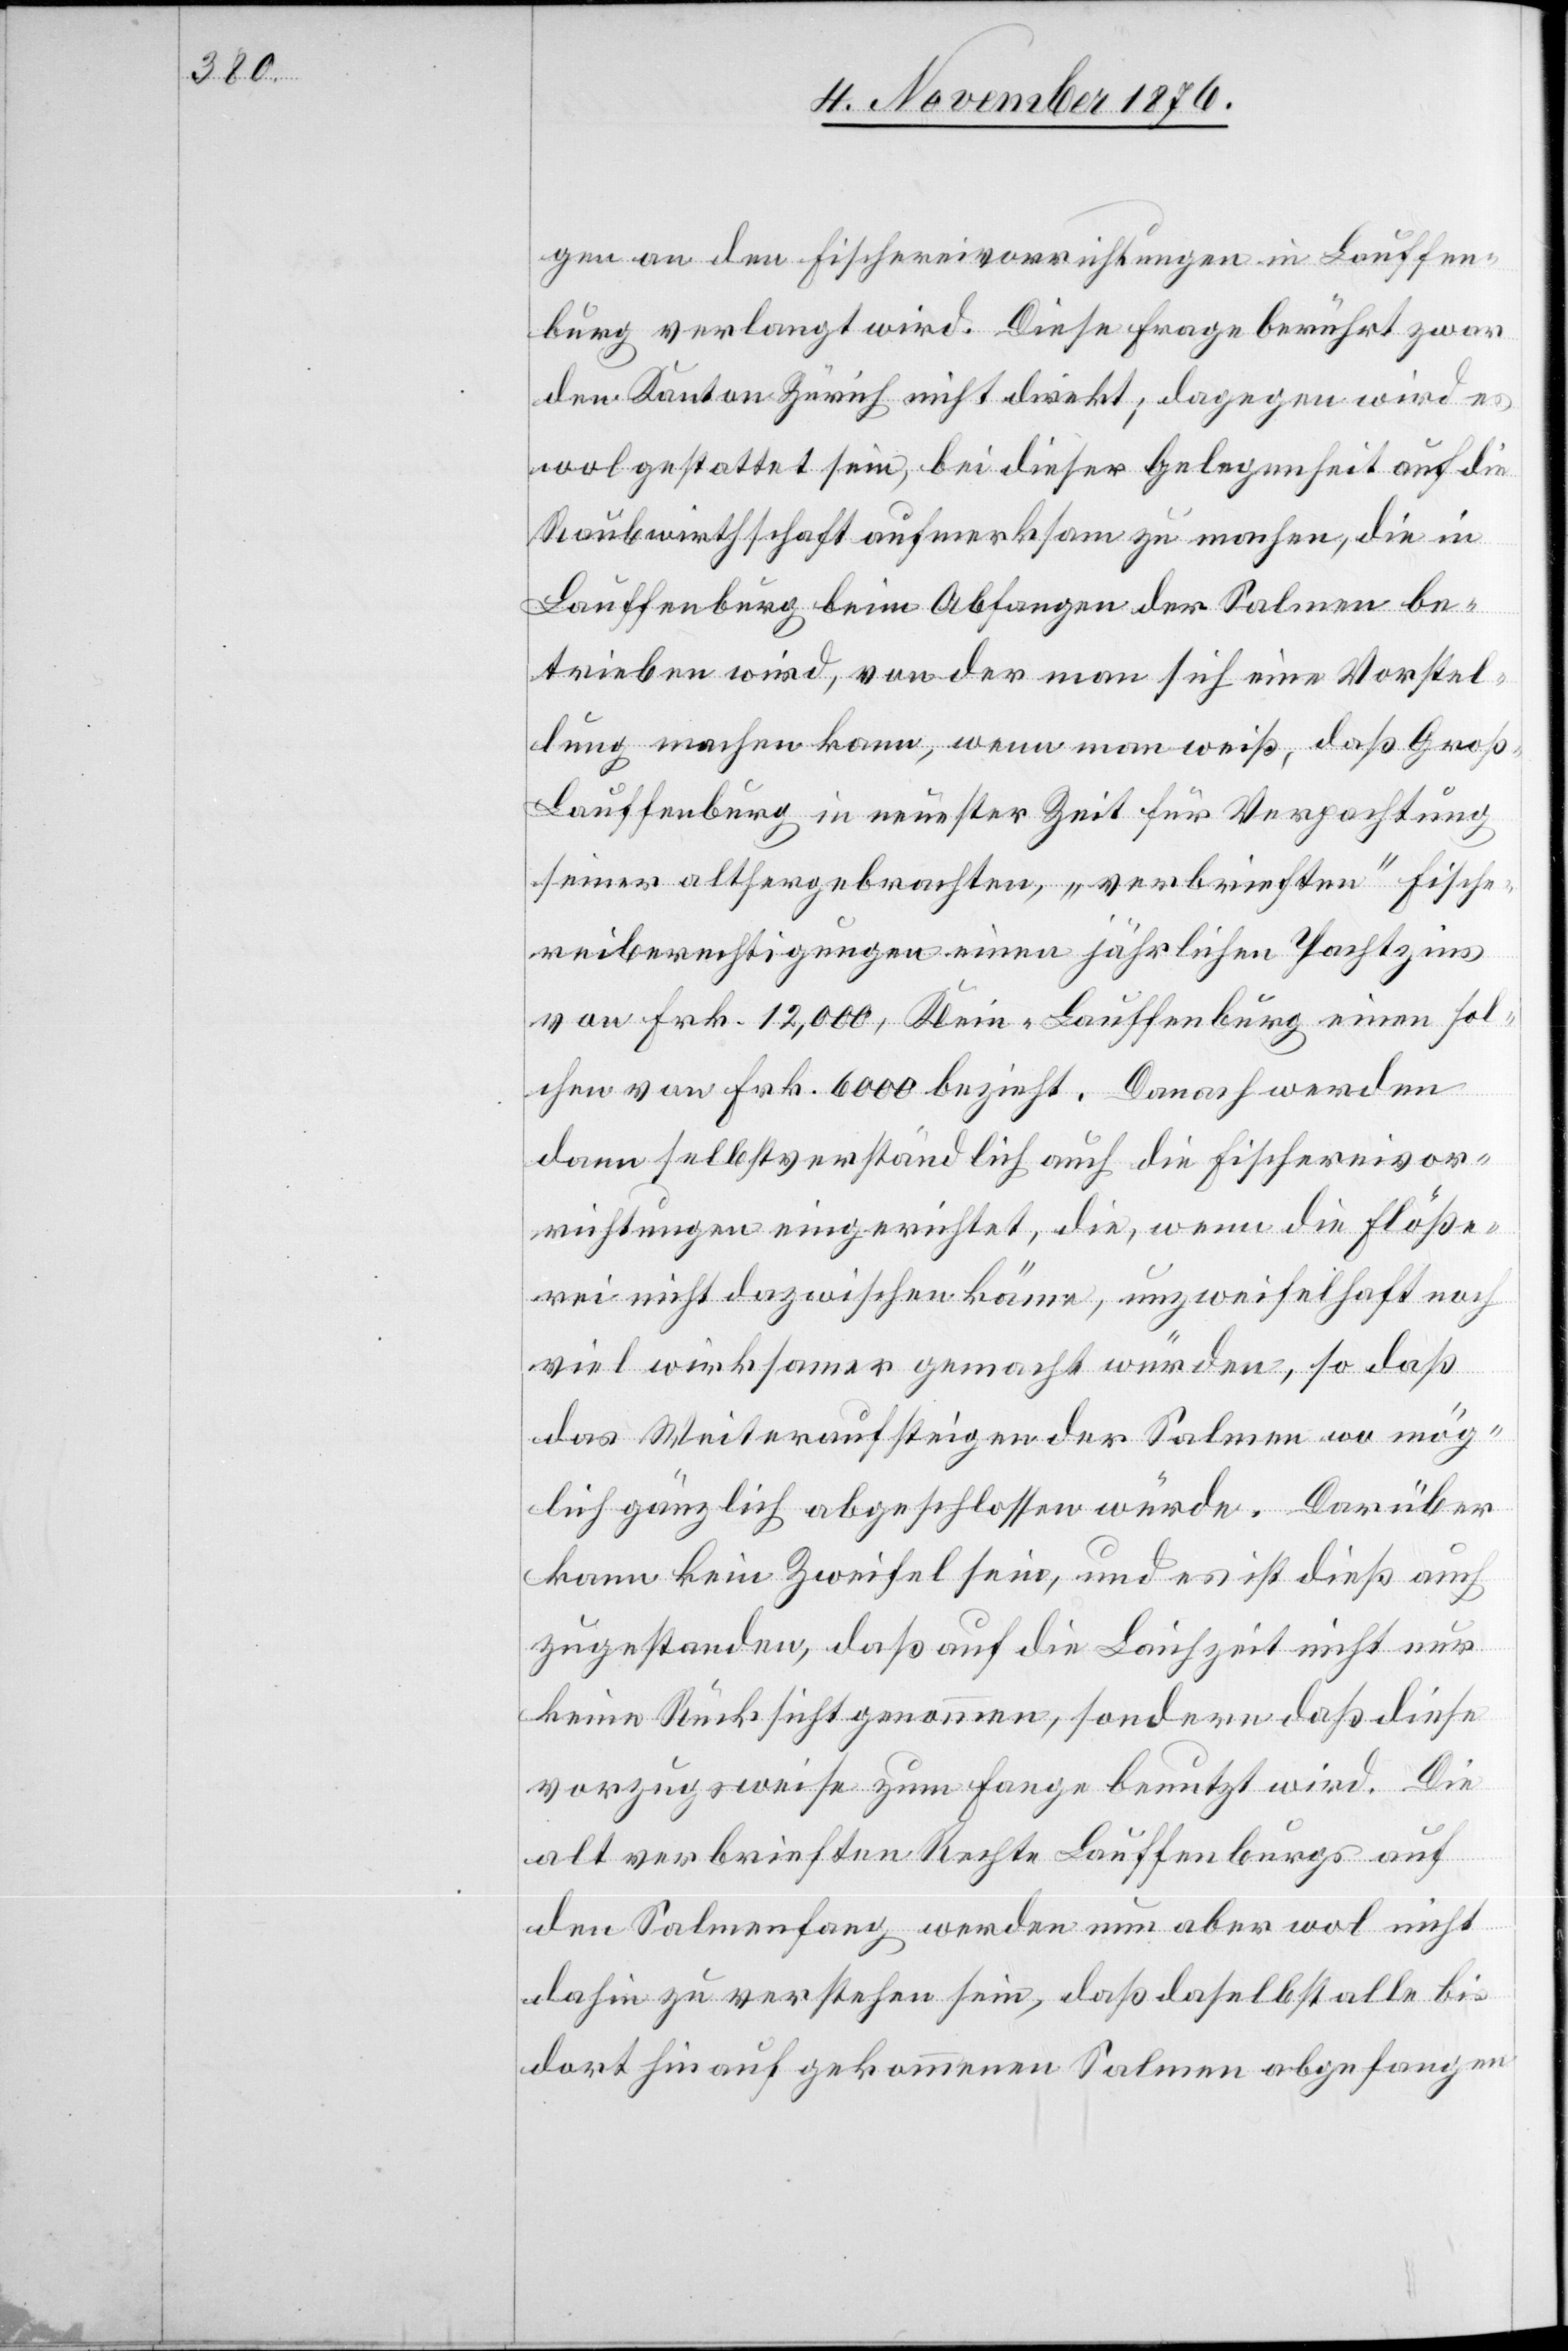
gen an den Fischereivorrichtungen in Lauffenburg
betrieben wird, von der man sich eine Vorstel¬
lung machen kann, wenn man weiß, daß Gro¬
ß-Lauffenburg in nächster Zeit für Verpachtung
seiner althergebrachten, „verbrieften“ Fische¬
reiberechtigungen einen jährlichen Pachtzins
von Frk. 12,000, Klein-Lauffenburg einen sol¬
chen von Frk. 6000 bezieht. Danach werden
dann selbstverständlich auch die Fischereivor¬
richtungen eingerichtet, die, wenn die Flöße¬
rei nicht dazwischen käme, unzweifelhaft noch
viel wirksamer gemacht würden, so daß
das Weiteraufsteigen der Salmen wo mög¬
lich gänzlich abgeschlossen würde. Darüber
kann kein Zweifel sein, und es ist dieß auch
zugestanden, daß auf die Laufzeit nicht nur
keine Rücksicht genommen, sondern daß diese
vorzugsweise zum Fange benutzt wird. Die
alt verbrieften Rechte Lauffenburgs auf
den Salmenfang werden nun aber wol nicht
dahin zu verstehen sein, daß daselbst alle bis
dort hin aufgekommenen Salmen abgefangen